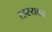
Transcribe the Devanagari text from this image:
रहस्यका